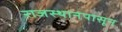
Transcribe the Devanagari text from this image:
राजस्थानपासून